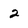
Character: 2